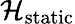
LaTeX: \mathcal{H}_{\mathrm{static}}